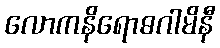
လောကနိရောဓဂါမိနီ